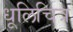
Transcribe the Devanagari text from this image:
धूलिचित्र